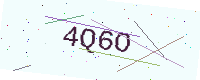
Text: 4Q6O